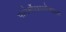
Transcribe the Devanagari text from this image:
पालेर्मोखालोखाल